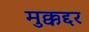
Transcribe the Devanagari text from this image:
मुक्कद्दर